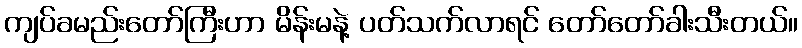
ကျပ်ခမည်းတော်ကြီးဟာ မိန်းမနဲ့ ပတ်သက်လာရင် တော်တော်ခါးသီးတယ်။